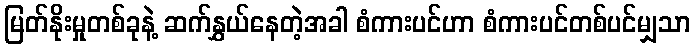
မြတ်နိုးမှုတစ်ခုနဲ့ ဆက်နွှယ်နေတဲ့အခါ စံကားပင်ဟာ စံကားပင်တစ်ပင်မျှသာ